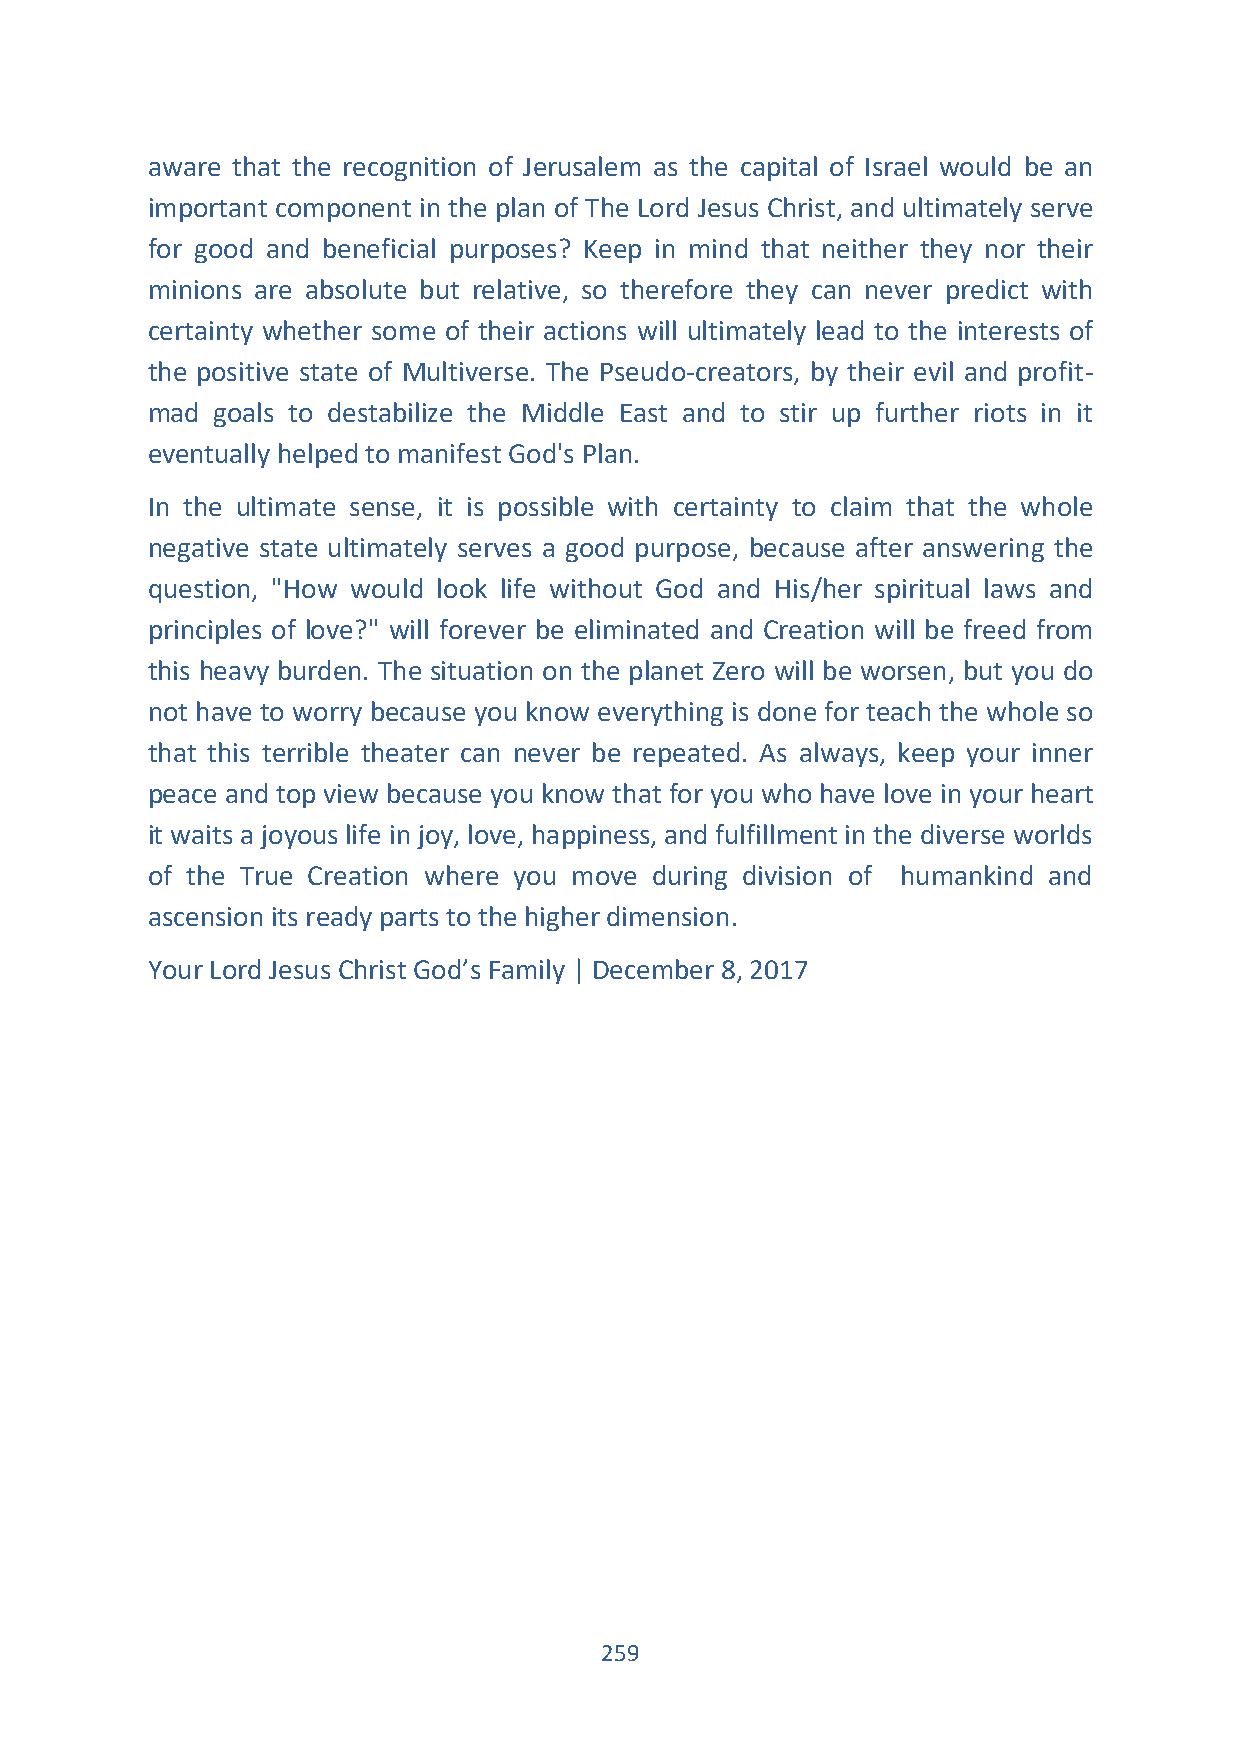
aware that the recognition of Jerusalem as the capital of Israel would be an
 important component in the plan of The Lord Jesus Christ, and ultimately serve
 for good and beneficial purposes? Keep in mind that neither they nor their
 minions are absolute but relative, so therefore they can never predict with
 certainty whether some of their actions will ultimately lead to the interests of
 the positive state of Multiverse. The Pseudo-creators, by their evil and profit-
 mad goals to destabilize the Middle East and to stir up further riots in it
 eventually helped to manifest God's Plan.
 In the ultimate sense, it is possible with certainty to claim that the whole
 negative state ultimately serves a good purpose, because after answering the
 question, "How would look life without God and His/her spiritual laws and
 principles of love?" will forever be eliminated and Creation will be freed from
 this heavy burden. The situation on the planet Zero will be worsen, but you do
 not have to worry because you know everything is done for teach the whole so
 that this terrible theater can never be repeated. As always, keep your inner
 peace and top view because you know that for you who have love in your heart
 it waits a joyous life in joy, love, happiness, and fulfillment in the diverse worlds
 of the True Creation where you move during division of humankind and
 ascension its ready parts to the higher dimension.
 Your Lord Jesus Christ God’s Family | December 8, 2017
 259